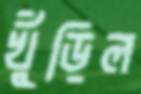
খুঁড়িল